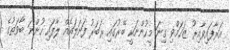
އަރާފައިވާއިރު ޒަހަމްވި ގިނަ މީހުންނަކީ ބޭރުގައި ރަބަރު ފަށަލައެއް ލާފައި ހުންނަ ބާވަތުގެ